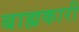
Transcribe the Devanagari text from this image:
बाह्यकारी